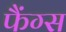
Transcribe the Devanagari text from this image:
फैंग्स